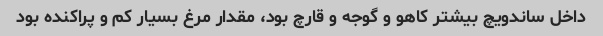
داخل ساندویچ بیشتر کاهو و گوجه و قارچ بود، مقدار مرغ بسیار کم و پراکنده بود